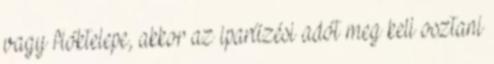
vagy fióktelepe, akkor az iparűzési adót meg kell osztani